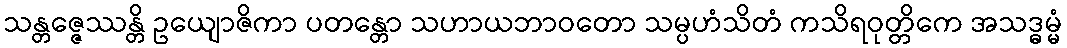
သန္တဇ္ဇေဿန္တိ ဥယျောဇိကာ ပတန္တော သဟာယဘာဝတော သမ္ပဟံသိတံ ကသိရဝုတ္တိကေ အသဒ္ဓမ္မံ